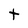
Character: t